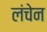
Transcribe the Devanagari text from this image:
लंचेन